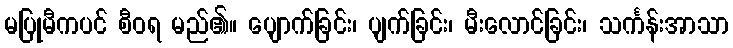
မပြုမီကပင် စီဝရ မည်၏။ ပျောက်ခြင်း၊ ပျက်ခြင်း၊ မီးလောင်ခြင်း၊ သင်္ကန်းအာသာ